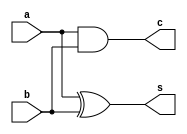
`timescale 1ns / 1ps

module half_adder(
    input a,
    input b,
    output s,
    output c
    );
    assign s = a^b;
    assign c = a&b;
endmodule